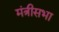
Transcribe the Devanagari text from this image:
मंत्रीसभा